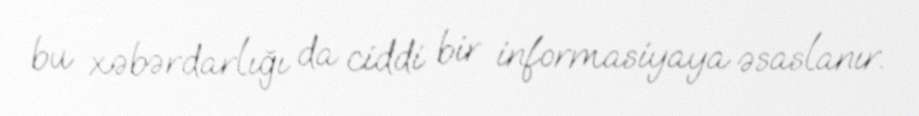
bu xəbərdarlığı da ciddi bir informasiyaya əsaslanır.